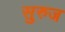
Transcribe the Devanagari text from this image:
सुरुज